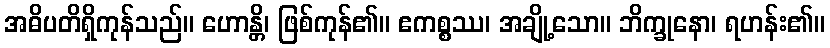
အဓိပတိရှိကုန်သည်။ ဟောန္တိ၊ ဖြစ်ကုန်၏။ ဧကစ္စဿ၊ အချို့သော။ ဘိက္ခုနော၊ ရဟန်း၏။